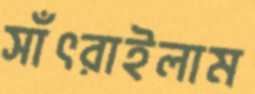
সাঁৎরাইলাম